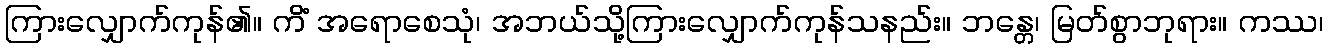
ကြားလျှောက်ကုန်၏။ ကိံ အရောစေသုံ၊ အဘယ်သို့ကြားလျှောက်ကုန်သနည်း။ ဘန္တေ၊ မြတ်စွာဘုရား။ ကဿ၊